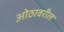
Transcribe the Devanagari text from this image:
ओठावरील